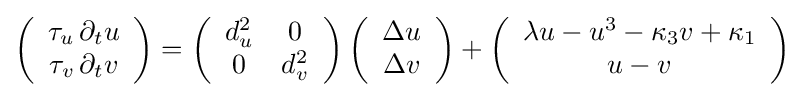
\left({\begin{array}{c}\tau _{u}\,\partial _{t}u\\\tau _{v}\,\partial _{t}v\end{array}}\right)=\left({\begin{array}{cc}d_{u}^{2}&0\\0&d_{v}^{2}\end{array}}\right)\left({\begin{array}{c}\Delta u\\\Delta v\end{array}}\right)+\left({\begin{array}{c}\lambda u-u^{3}-\kappa _{3}v+\kappa _{1}\\u-v\end{array}}\right)